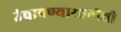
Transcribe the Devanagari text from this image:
उंचावण्यासाठीची